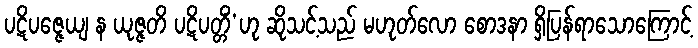
ပဋိပဇ္ဇေယျ န ယုဇ္ဇတိ ပဋိပတ္တိံ’ဟု ဆိုသင့်သည် မဟုတ်လော စောဒနာ ရှိပြန်ရာသောကြောင့်